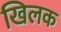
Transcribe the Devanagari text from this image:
खिलक